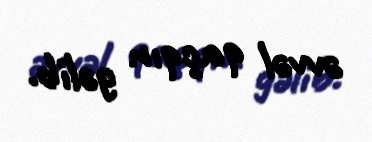
əvvəl qaçqın gəlib.